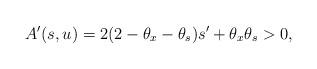
LaTeX: \begin{align*} A'(s,u) = 2(2-\theta_x-\theta_s)s' + \theta_x\theta_s > 0,\end{align*}